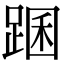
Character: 䠅